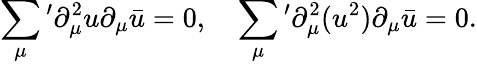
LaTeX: \sum_{\mu}{}^{\prime}\partial_{\mu}^{2}u\partial_{\mu}\bar{u}=0,\quad\sum_{\mu}{}^{\prime}\partial_{\mu}^{2}(u^{2})\partial_{\mu}\bar{u}=0.